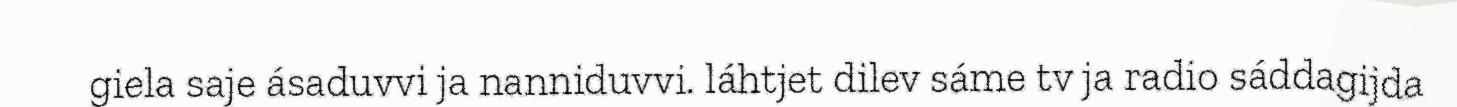
giela saje ásaduvvi ja nanniduvvi. láhtjet dilev sáme tv ja radio sáddagijda